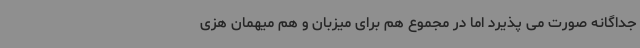
جداگانه صورت می پذیرد اما در مجموع هم برای میزبان و هم میهمان هزی